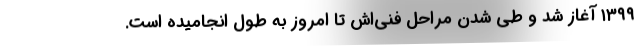
۱۳۹۹ آغاز شد و طی شدن مراحل فنی‌اش تا امروز به طول انجامیده است.